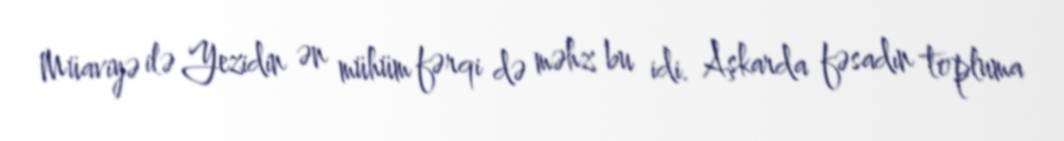
Müaviyə ilə Yezidin ən mühüm fərqi də məhz bu idi. Aşkarda fəsadın topluma